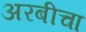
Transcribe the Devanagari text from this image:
अरबीचा